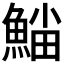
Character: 𩸛